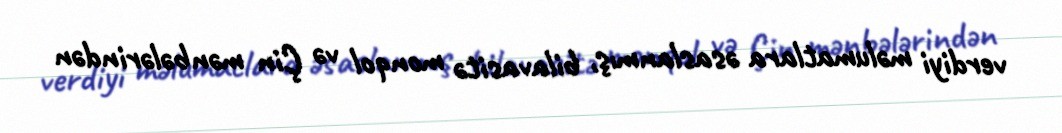
verdiyi məlumatlara əsaslanmış, bilavasitə monqol və Çin mənbələrindən